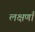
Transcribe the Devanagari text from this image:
लक्षणाँ